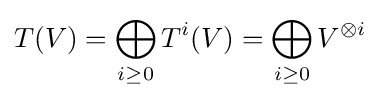
T(V)=\bigoplus _{i\geq 0}T^{i}(V)=\bigoplus _{i\geq 0}V^{\otimes i}